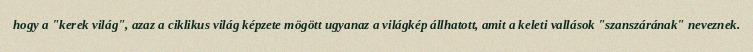
hogy a "kerek világ", azaz a ciklikus világ képzete mögött ugyanaz a világkép állhatott, amit a keleti vallások "szanszárának" neveznek.